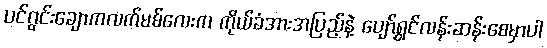
ပင်ဂွင်းချောကလက်မစ်လေးက ကိုယ်ခံအားအပြည့်နဲ့ ပျော်ရွှင်လန်းဆန်းစေမှာပါ